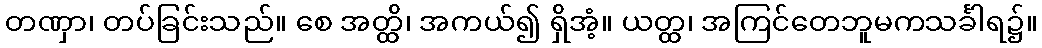
တဏှာ၊ တပ်ခြင်းသည်။ စေ အတ္ထိ၊ အကယ်၍ ရှိအံ့။ ယတ္ထ၊ အကြင်တေဘူမကသင်္ခါရ၌။